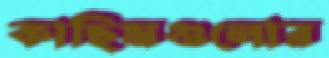
কাছিমগুলোর